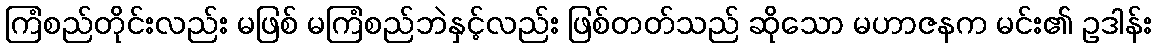
ကြံစည်တိုင်းလည်း မဖြစ် မကြံစည်ဘဲနှင့်လည်း ဖြစ်တတ်သည် ဆိုသော မဟာဇနက မင်း၏ ဥဒါန်း